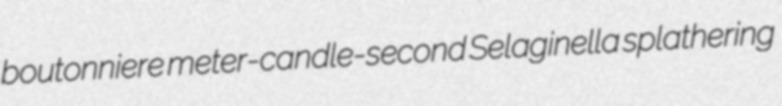
boutonniere meter-candle-second Selaginella splathering